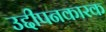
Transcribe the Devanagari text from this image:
उद्दीपनकारक